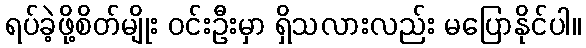
ရပ်ခဲ့ဖို့စိတ်မျိုး ဝင်းဦးမှာ ရှိသလားလည်း မပြောနိုင်ပါ။